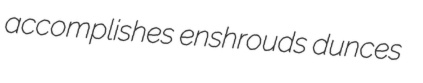
accomplishes enshrouds dunces